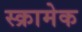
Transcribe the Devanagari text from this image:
स्क्रामेक